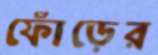
ফোঁড়ের